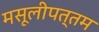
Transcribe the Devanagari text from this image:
मसूलीपत्तम